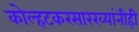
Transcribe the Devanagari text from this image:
कोल्हटकरसारख्यांनीही